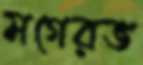
মগেরভ